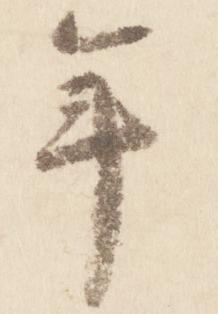
年